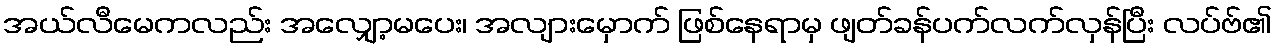
အယ်လီမေကလည်း အလျှော့မပေး၊ အလျားမှောက် ဖြစ်နေရာမှ ဖျတ်ခန်ပက်လက်လှန်ပြီး လပ်ဗ်၏